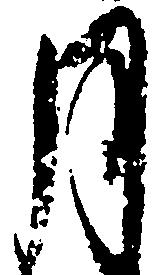
月